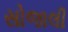
સોજાલી